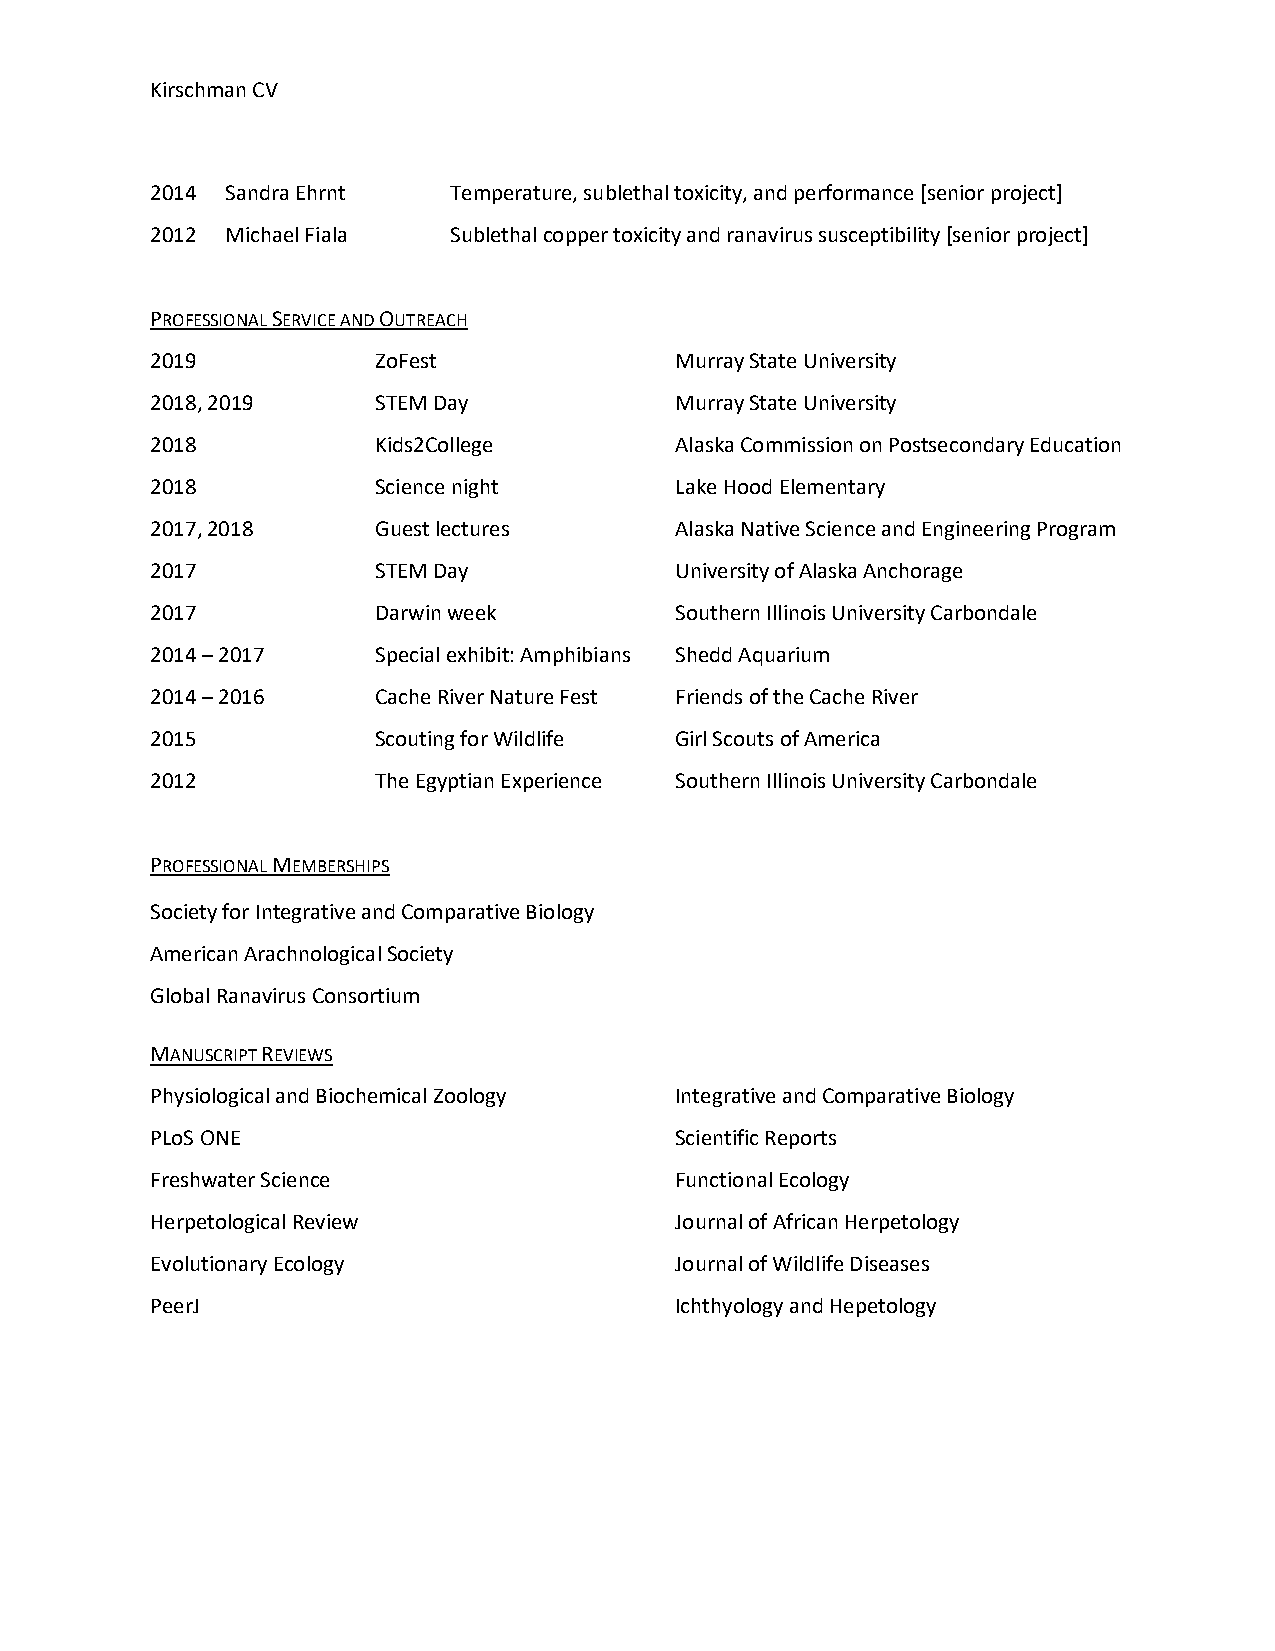
Kirschman CV
 2014 Sandra Ehrnt   Temperature, sublethal toxicity, and performance [senior project]
 2012 Michael Fiala  Sublethal copper toxicity and ranavirus susceptibility [senior project]
 PROFESSIONAL SERVICE AND OUTREACH
 2019           ZoFest              Murray State University
 2018, 2019     STEM Day            Murray State University
 2018           Kids2College        Alaska Commission on Postsecondary Education
 2018           Science night       Lake Hood Elementary
 2017, 2018     Guest lectures      Alaska Native Science and Engineering Program
 2017           STEM Day            University of Alaska Anchorage
 2017           Darwin week         Southern Illinois University Carbondale
 2014 – 2017    Special exhibit: Amphibians Shedd Aquarium
 2014 – 2016    Cache River Nature Fest Friends of the Cache River
 2015           Scouting for Wildlife Girl Scouts of America
 2012           The Egyptian Experience Southern Illinois University Carbondale
 PROFESSIONAL MEMBERSHIPS
 Society for Integrative and Comparative Biology
 American Arachnological Society
 Global Ranavirus Consortium
 MANUSCRIPT REVIEWS
 Physiological and Biochemical Zoology Integrative and Comparative Biology
 PLoS ONE                           Scientific Reports
 Freshwater Science                 Functional Ecology
 Herpetological Review              Journal of African Herpetology
 Evolutionary Ecology               Journal of Wildlife Diseases
 PeerJ                              Ichthyology and Hepetology